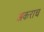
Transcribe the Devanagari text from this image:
अकराच